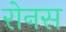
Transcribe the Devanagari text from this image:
रोनस